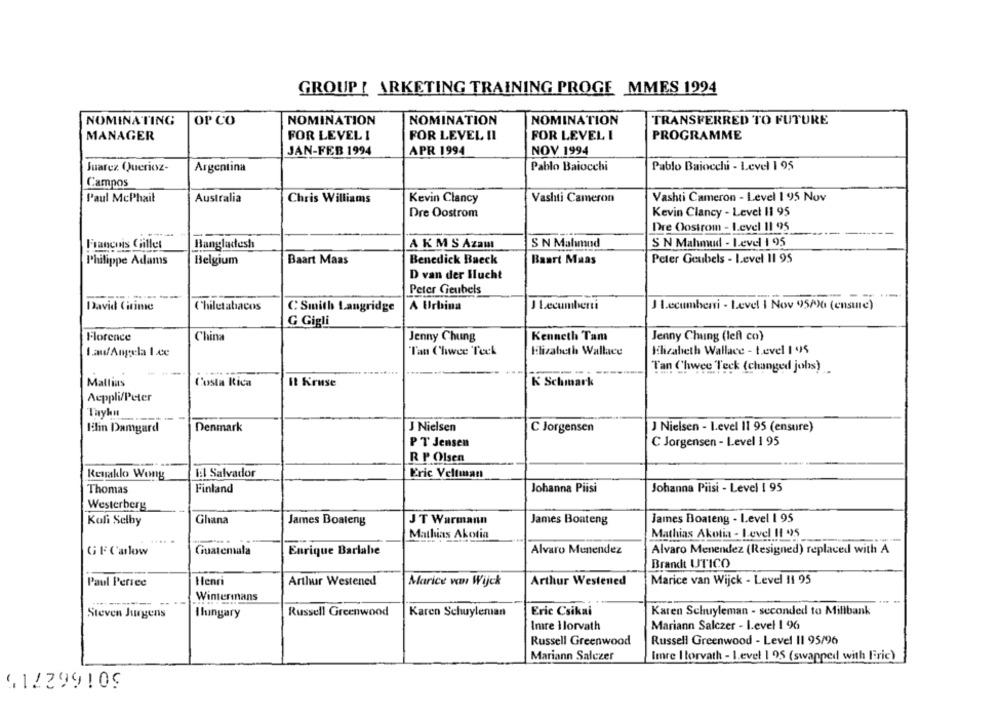
GROUP ! ARKETING TRAINING PROGE MMES 1994
NOMINATING
OP CO
NOMINATION
NOMINATION
NOMINATION
TRANSFERRED TO FUTURE
MANAGER
FOR LEVEL 1
FOR LEVEL II
FOR LEVEL I
PROGRAMME
JAN-FEB 1994
APR 1994
NOV 1994
Pablo Baiocchi - Level 1 95
Juarez Querioz-
Argentina
Pablo Baiocchi
Campos
Paul McPhail
Australia
Chris Williams
Kevin Clancy
Vashti Cameron
Vashti Cameron - Level 1 95 Nov
Dre Oostrom
Kevin Clancy - Level 11 95
Dre Oostrom - Level 11 995
Francois Gillet
Bangladesh
A KMS Azamt
S N Mahmud
S N Mahmud - Level 1 95
Philippe Adams
Belgium
Baart Maas
Benedick Bueck
Baart Maas
Peter Geubels - Level 11 95
D van der Ilucht
-
Peter Geubels
David Cirime
Chiletabacos
C Smith Langridge
A Urbina
J Lecumberti
J Lecumbersi - Level 1 Nov 95/990 (ensure)
G Gigli
Florence
China
Jenny Chung
Kenneth Tam
Jenny Chung (left co)
I.aufAngela 1 ce
Tan Chwee Teck
Elizabeth Wallace
Elizabeth Wallace - t.evel 1 95
Tan Chwee Teck (changed johs)
Mallias
Costa Rica
Il Kruse
K Schmark
Aeppli/Peter
Thyhn
lalin Damgard
Denmark
J Nielsen
C Jorgensen
J Nielsen - level 11 95 (ensure)
PT Jensen
C Jorgensen - Level 1 95
R P Olsen
lel Salvador
Reuaklo Wong
Eric Veltman
Thomas
Finland
Johanna Piisi
Johanna Piisi - Level 1 95
Westerberg
Koli Selby
Ghana
James Boateng
JT Warmann
James Boateng
James Boateng - Level 1 95
Mathias Akotia
Mathias Akotia - Level It 995
GFCalow
Guatemala
Enrique Barlabe
Alvaro Menendez
Alvaro Menendez (Resigned) replaced with A
Brandt UTICO
Paul Persec
Henri
Arthur Westened
Marice van Wijck
Arthur Westened
Marice van Wijck - Level 11 95
Wintermans
Steven Jugens
Ihungary
Russell Greenwood
Karen Schuyleman
Eric Csikai
Karen Schuyleman - seconded to Millbank
Imre ilorvath
Mariann Salczer - Level 1 96
Russell Greenwood
Russell Greenwood - Level II 95/96
Mariann Salczer
Imre Horvath - Level 1 95 (swapped with Fric)
912299109